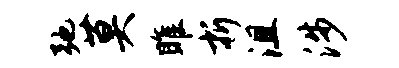
弛莫雎折沮涉